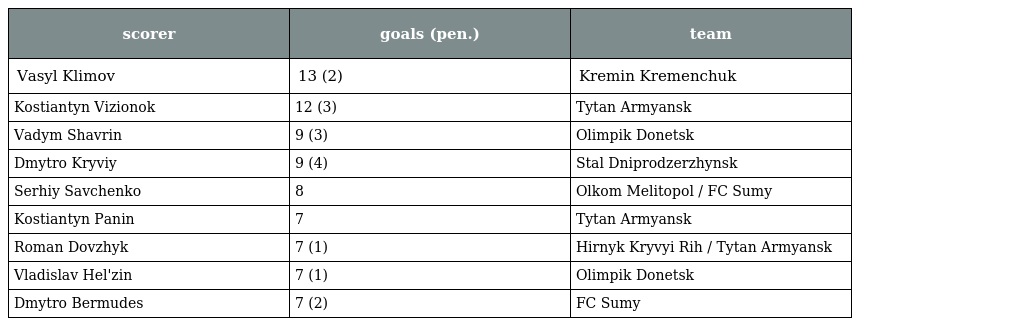
| scorer | goals (pen.) | team |
 | --- | --- | --- |
 | Vasyl Klimov | 13 (2) | Kremin Kremenchuk |
 | Kostiantyn Vizionok | 12 (3) | Tytan Armyansk |
 | Vadym Shavrin | 9 (3) | Olimpik Donetsk |
 | Dmytro Kryviy | 9 (4) | Stal Dniprodzerzhynsk |
 | Serhiy Savchenko | 8 | Olkom Melitopol / FC Sumy |
 | Kostiantyn Panin | 7 | Tytan Armyansk |
 | Roman Dovzhyk | 7 (1) | Hirnyk Kryvyi Rih / Tytan Armyansk |
 | Vladislav Hel'zin | 7 (1) | Olimpik Donetsk |
 | Dmytro Bermudes | 7 (2) | FC Sumy |